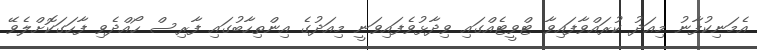
އެމަނިކުފާނު މިއަދު ކުރައްވާފައިވާ ޓްވީޓެއްގައި ވިދާޅުވެފައިވަނީ މިއަދުގެ އިންތިހާބުގައި ފާރިސް ހޯއްދެވި ފާހަގަކޮށްލެވޭ